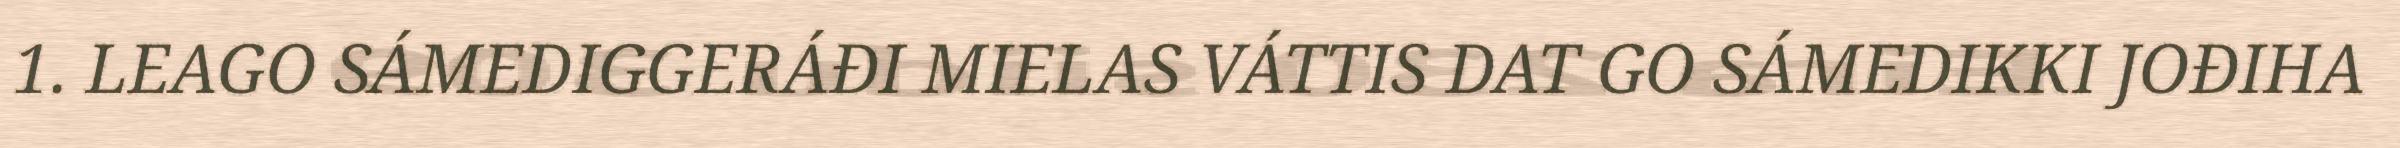
1. LEAGO SÁMEDIGGERÁĐI MIELAS VÁTTIS DAT GO SÁMEDIKKI JOĐIHA